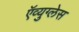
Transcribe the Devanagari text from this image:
ऍव्युग्लेस